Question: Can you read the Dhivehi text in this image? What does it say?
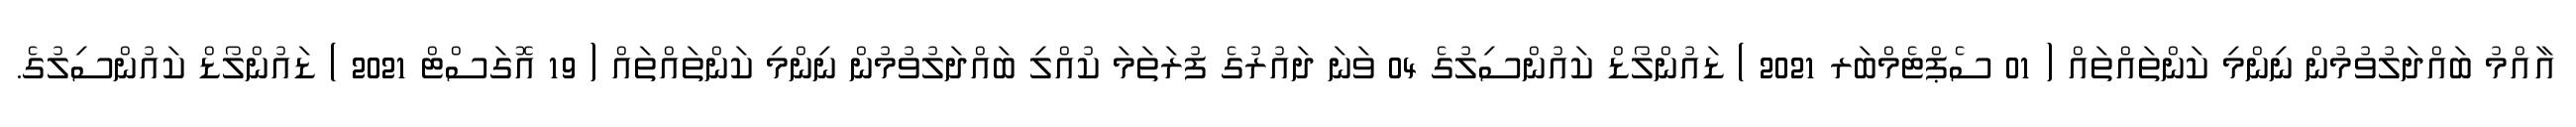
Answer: އާއްމު ބައްދަލުވުމުން ނިންމި ކަންތައްތައް ( 01 ސެޕްޓެމްބަރ 2021 ) ޑައުންލޯޑް ކައުންސިލުގެ 04 ވަނަ ދައުރުގެ ފުރަތަމަ ކުއްލި ބައްދަލުވުމުން ނިންމި ކަންތައްތައް ( 19 އޮގަސްޓް 2021 ) ޑައުންލޯޑް ކައުންސިލުގެ.